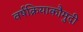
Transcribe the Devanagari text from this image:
वर्षक्रियाकौमुदी